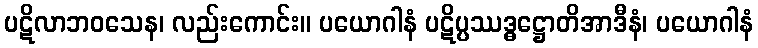
ပဋိလာဘဝသေန၊ လည်းကောင်း။ ပယောဂါနံ ပဋိပ္ပဿဒ္ဓဋ္ဌောတိအာဒီနံ၊ ပယောဂါနံ